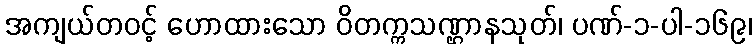
အကျယ်တဝင့် ဟောထားသော ဝိတက္ကသဏ္ဌာနသုတ်၊ ပဏ်-၁-ပါ-၁၆၉၊